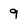
Character: 9